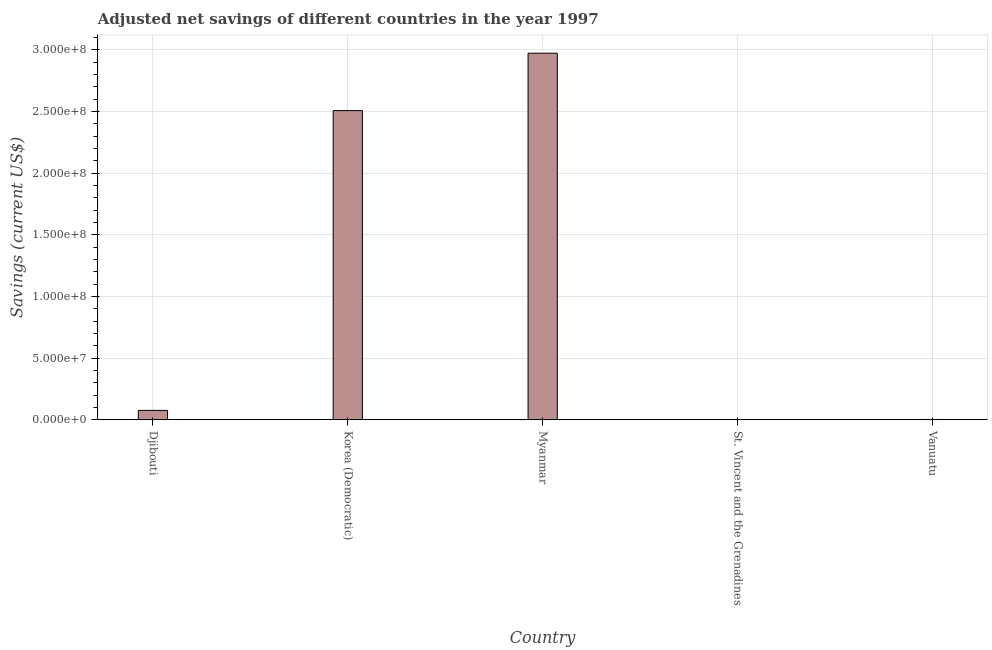
| Country | Adjusted savings: particulate emission damage (current US$) |
 | --- | --- |
 | Djibouti | 7.63e+06 |
 | Korea (Democratic) | 2.51e+08 |
 | Myanmar | 2.97e+08 |
 | St. Vincent and the Grenadines | 1.61e+05 |
 | Vanuatu | 2.82e+05 |